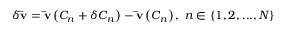
\delta { \bf { \bar { v } } } = { \bf { \bar { v } } } \left( { { C _ { n } } + \delta { C _ { n } } } \right) - { \bf { \bar { v } } } \left( { { C _ { n } } } \right) , \; n \in \left\{ { 1 , 2 , . . . , N } \right\}